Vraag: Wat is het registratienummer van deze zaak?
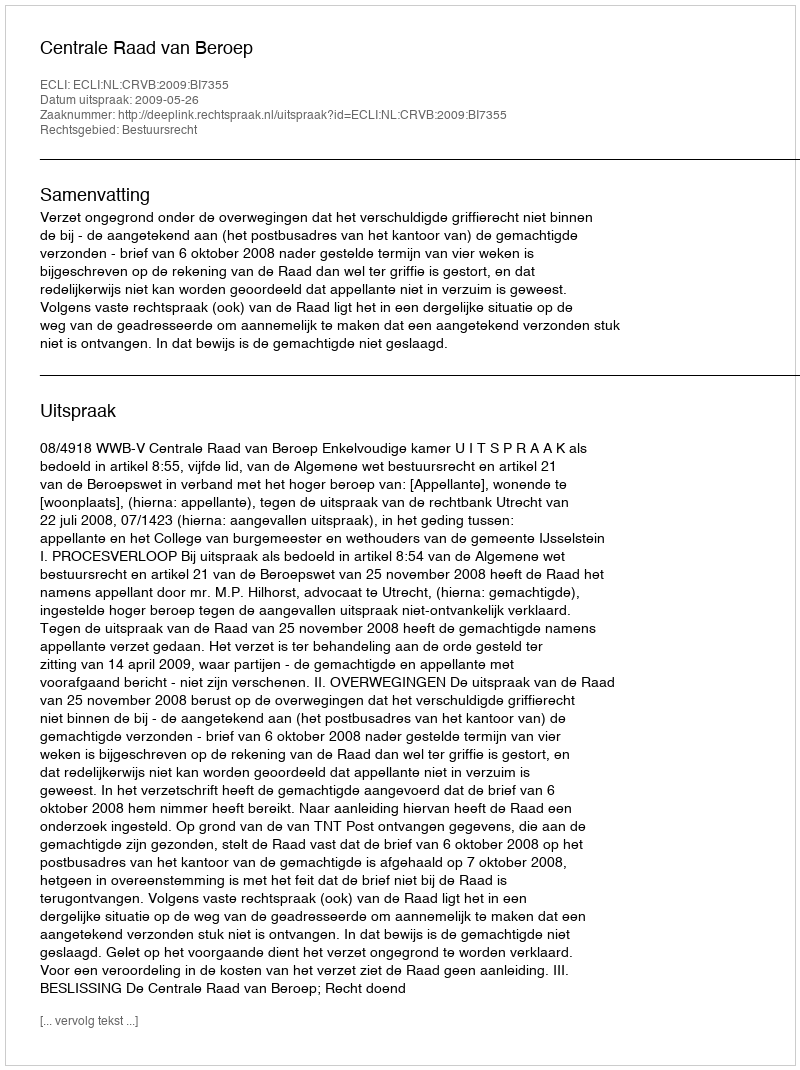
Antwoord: http://deeplink.rechtspraak.nl/uitspraak?id=ECLI:NL:CRVB:2009:BI7355